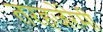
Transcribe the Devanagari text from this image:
तरहजेरेमी